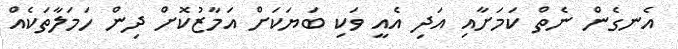
އެނގެން ނެތް ކަމަށާއި އަދި އެއީ ވަކި ބަޔަކަށް އަމާޒުކޮށް ދިން ހަމަލާތަކެއް